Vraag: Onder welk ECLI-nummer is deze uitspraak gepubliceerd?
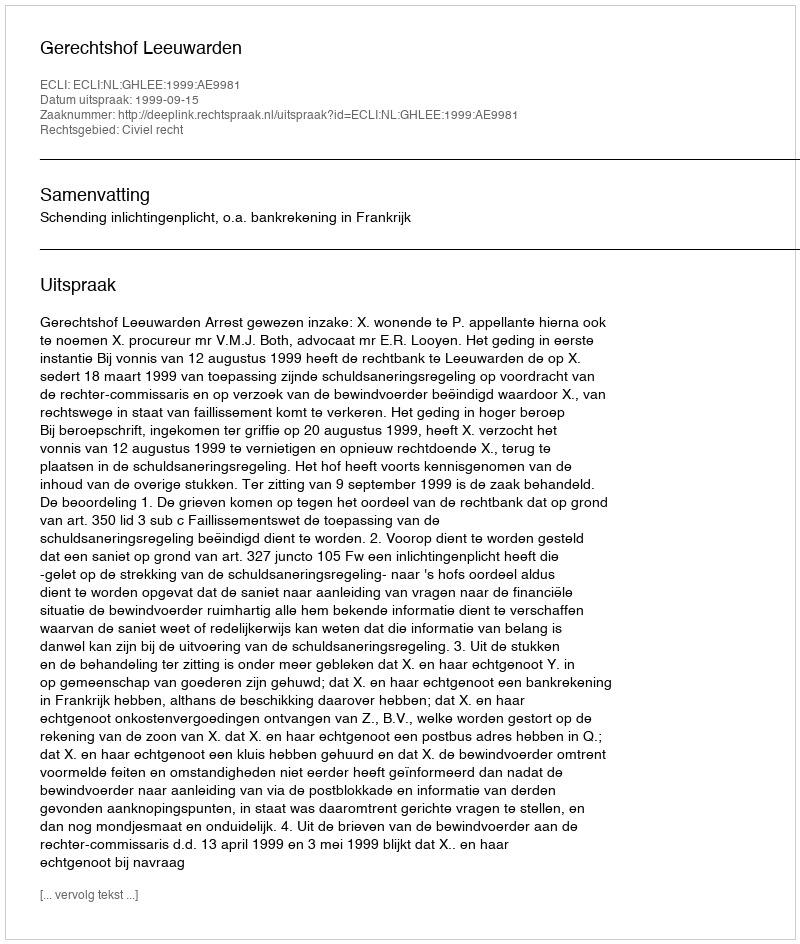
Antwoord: ECLI:NL:GHLEE:1999:AE9981